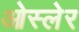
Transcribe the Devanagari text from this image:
ओस्लेर